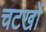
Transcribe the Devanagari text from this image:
चटखों